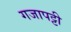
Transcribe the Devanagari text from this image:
गजापट्टी